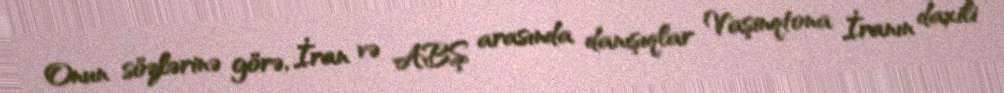
Onun sözlərinə görə, İran və ABŞ arasında danışıqlar Vaşinqtona İranın daxili